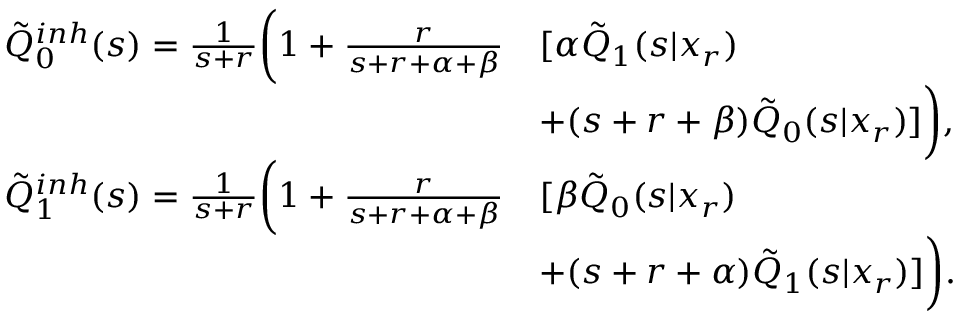
\begin{array} { r l } { \tilde { Q } _ { 0 } ^ { i n h } ( s ) = \frac { 1 } { s + r } \bigg ( 1 + \frac { r } { s + r + \alpha + \beta } } & { [ \alpha \tilde { Q } _ { 1 } ( s | x _ { r } ) } \\ & { + ( s + r + \beta ) \tilde { Q } _ { 0 } ( s | x _ { r } ) ] \bigg ) , } \\ { \tilde { Q } _ { 1 } ^ { i n h } ( s ) = \frac { 1 } { s + r } \bigg ( 1 + \frac { r } { s + r + \alpha + \beta } } & { [ \beta \tilde { Q } _ { 0 } ( s | x _ { r } ) } \\ & { + ( s + r + \alpha ) \tilde { Q } _ { 1 } ( s | x _ { r } ) ] \bigg ) . } \end{array}